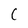
Character: C